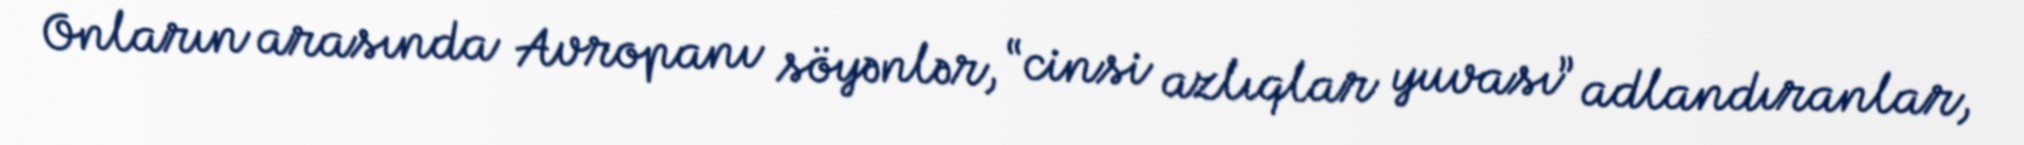
Onların arasında Avropanı söyənlər, “cinsi azlıqlar yuvası” adlandıranlar,